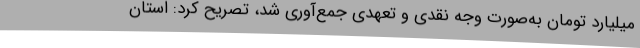
میلیارد تومان به‌صورت وجه نقدی و تعهدی جمع‌آوری شد، تصریح کرد: استان